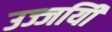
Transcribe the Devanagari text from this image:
उज्जयिी